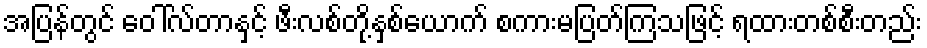
အပြန်တွင် ဝေါ်လ်တာနှင့် ဖီးလစ်တို့နှစ်ယောက် စကားမပြတ်ကြသဖြင့် ရထားတစ်စီးတည်း